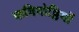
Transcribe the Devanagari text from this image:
कविगोष्ठियों